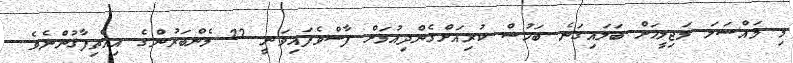
މި މައްސަލަ މަޖިލީހަށް ބަލައިގަނެ ބަހުސް ކުރިއަށްގެންދިއުމަށް ފާސްވެފައިވަނީ 22 މެންބަރުންގެ އިއްތިފާޤުންނެވެ.